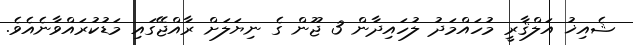
ޝެއިޚު އަލްޤާރީ މުހައްމަދު ލުހައިދާން 3 ޖޫން ގެ ނިޔަލަށް ރާއްޖޭގައި މަޑުކުރައްވާނެއެވެ.